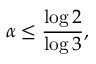
\alpha \leq { \frac { \log 2 } { \log 3 } } ,